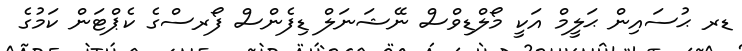
ޑރ ޙުސައިން ޙަލީމް އަކީ މޯލްޑިވްސް ނޭޝަނަލް ޑިފެންސް ފޯރސްގެ ކެޕްޓަން ކަމުގެ